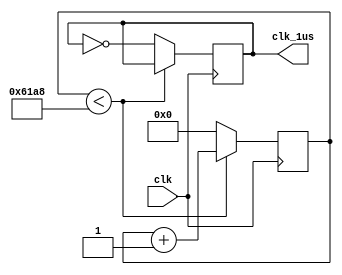
`timescale 1ns / 1ps
//////////////////////////////////////////////////////////////////////////////////
// Company: 
// Engineer: 
// 
// Design Name: 
// Module Name:    counter_1us 
// Project Name: 
// Target Devices: 
// Tool versions: 
// Description: 
//
// Dependencies: 
//
// Revision: 
// Revision 0.01 - File Created
// Additional Comments: 
//
//////////////////////////////////////////////////////////////////////////////////
module counter_1us(clk,clk_1us);
input wire clk;
output reg clk_1us;
reg[31:0]cnt;

always @(posedge clk) begin
	if(cnt<25000) begin   //0.025M*(1/50M)S=0.5uS
	   cnt<=cnt + 1;
	end else begin
		cnt<=0;
		clk_1us<=~clk_1us;        // clk_1us==1=0.5us
	end                          // clk_1us==0=0.5us
end                            //T=1S
endmodule